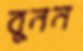
বুনন